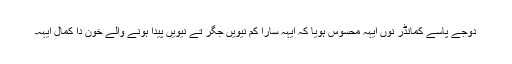
دوجے پاسے کمانڈر نوں ایہہ محسوس ہویا کہ ایہہ سارا کم نیویں جگر تے نیویں پیدا ہونے والے خون دا کمال ایہہ۔